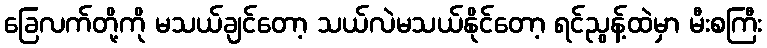
ခြေလက်တို့ကို မသယ်ချင်တော့ သယ်လဲမသယ်နိုင်တော့ ရင်ညွန့်ထဲမှာ မီးစကြီး